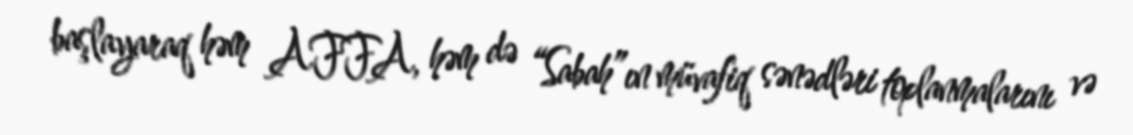
başlayaraq həm AFFA, həm də “Sabah”ın müvafiq sənədləri toplanmalarını və